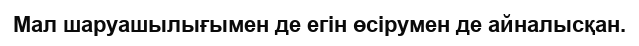
Мал шаруашылығымен де егін өсірумен де айналысқан.